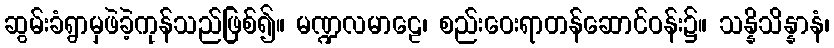
ဆွမ်းခံရွာမှဖဲခဲ့ကုန်သည်ဖြစ်၍။ မဏ္ဍလမာဠေ၊ စည်းဝေးရာတန်ဆောင်ဝန်း၌။ သန္နိသိန္နာနံ၊